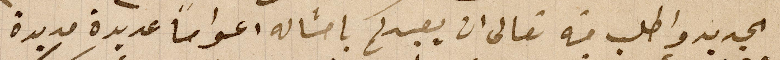
الجديد واطلب منه تعالى ان يعيدكم بامثاله اعواماً عديدة مديدة